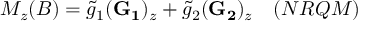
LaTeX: \nonumber M _ { z } ( B ) = \tilde { g } _ { 1 } ( { \bf G _ { 1 } } ) _ { z } + \tilde { g } _ { 2 } ( { \bf G _ { 2 } } ) _ { z } \quad ( N R Q M )